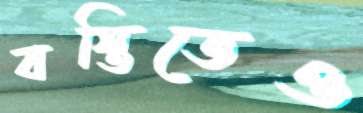
বস্তিতেও